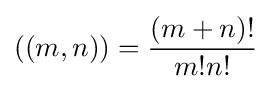
((m,n))={\frac {(m+n)!}{m!n!}}